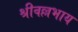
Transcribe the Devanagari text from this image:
श्रीवल्लभाय